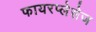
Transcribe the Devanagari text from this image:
फायरप्लेसेज